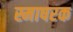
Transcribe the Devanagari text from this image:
स्माषरक